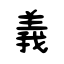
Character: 義